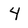
Character: 4